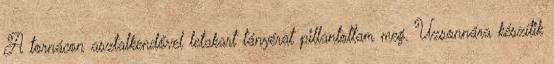
A tornácon asztalkendővel letakart tányérat pillantottam meg. Uzsonnára készítik